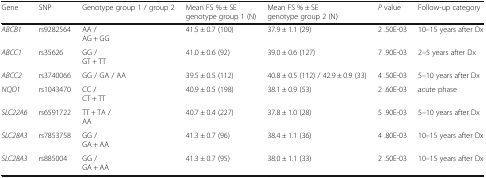
| Gene | SNP | Genotype group 1 / group 2 | Mean FS % ± SEgenotype group 1 (N) | Mean FS % ± SEgenotype group 2 (N) | P value | Follow-up category |
 | --- | --- | --- | --- | --- | --- | --- |
 | ABCB1 | rs9282564 | AA /AG + GG | 41.5 ± 0.7 (100) | 37.9 ± 1.1 (29) | 2 .50E-03 | 10–15 years after Dx |
 | ABCC1 | rs35626 | GG /GT + TT | 41.0 ± 0.6 (92) | 39.0 ± 0.6 (127) | 7 .90E-03 | 2–5 years after Dx |
 | ABCC2 | rs3740066 | GG / GA / AA | 39.5 ± 0.5 (112) | 40.8 ± 0.5 (112) / 42.9 ± 0.9 (33) | 4 .50E-03 | 5–10 years after Dx |
 | NQO1 | rs1043470 | CC /CT + TT | 40.9 ± 0.5 (198) | 38.1 ± 0.9 (53) | 2 .60E-03 | acute phase |
 | SLC22A6 | rs6591722 | TT + TA /AA | 40.7 ± 0.4 (227) | 37.8 ± 1.0 (28) | 5 .90E-03 | 5–10 years after Dx |
 | SLC28A3 | rs7853758 | GG /GA + AA | 41.3 ± 0.7 (96) | 38.4 ± 1.1 (36) | 4 .80E-03 | 10–15 years after Dx |
 | SLC28A3 | rs885004 | GG /GA + AA | 41.3 ± 0.7 (95) | 38.0 ± 1.1 (33) | 2 .50E-03 | 10–15 years after Dx |